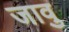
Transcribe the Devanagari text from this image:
जावु